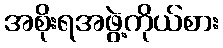
အစိုးရအဖွဲ့ကိုယ်စား